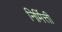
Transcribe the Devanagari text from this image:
निर्मित्ती